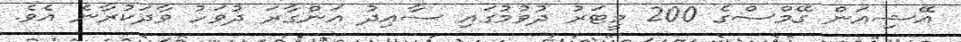
އޭޝިއަން ގޭމްސްގެ 200 މީޓަރު ދުވުމުގައި ސާއިދު އަންގާރަ ދުވަހު ވާދަކުރާނެ އެވެ.